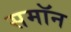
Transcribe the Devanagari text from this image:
समॉन